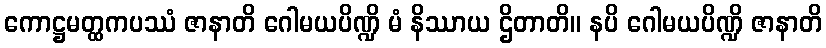
ကောဋ္ဌမတ္ထကပဿံ ဇာနာတိ ဂေါမယပိဏ္ဍိ မံ နိဿာယ ဌိတာတိ။ နပိ ဂေါမယပိဏ္ဍိ ဇာနာတိ